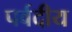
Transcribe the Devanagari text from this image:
पर्वदीय